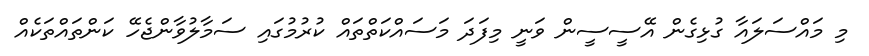
މި މައްސަލައާ ގުޅިގެން އޭސީސީން ވަނީ މިފަދަ މަސައްކަތްތައް ކުރުމުގައި ސަމާލުވާންޖެހޭ ކަންތައްތަކެއް